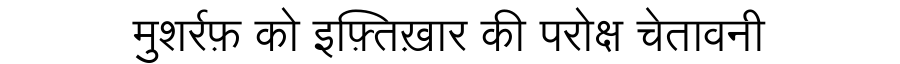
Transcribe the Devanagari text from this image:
मुशर्रफ़ को इफ़्तिख़ार की परोक्ष चेतावनी